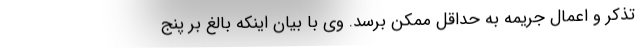
تذکر و اعمال جریمه به حداقل ممکن برسد. وی با بیان اینکه بالغ بر پنج